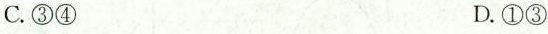
C.③④ D.①③